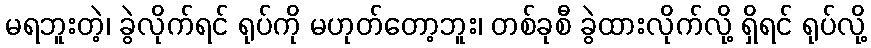
မရဘူးတဲ့၊ ခွဲလိုက်ရင် ရုပ်ကို မဟုတ်တော့ဘူး၊ တစ်ခုစီ ခွဲထားလိုက်လို့ ရှိရင် ရုပ်လို့